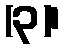
(၃)၊